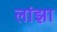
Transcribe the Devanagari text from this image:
लांझा